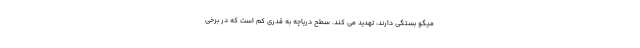
میگو بستگی دارند، تهدید می کند. سطح دریاچه به قدری کم است که در برخی